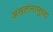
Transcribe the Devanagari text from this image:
असतांनासुध्दा